Indian journal of veterinary science and animal husbandry - Volumes 15-17, 1948-1951
Year: 1948
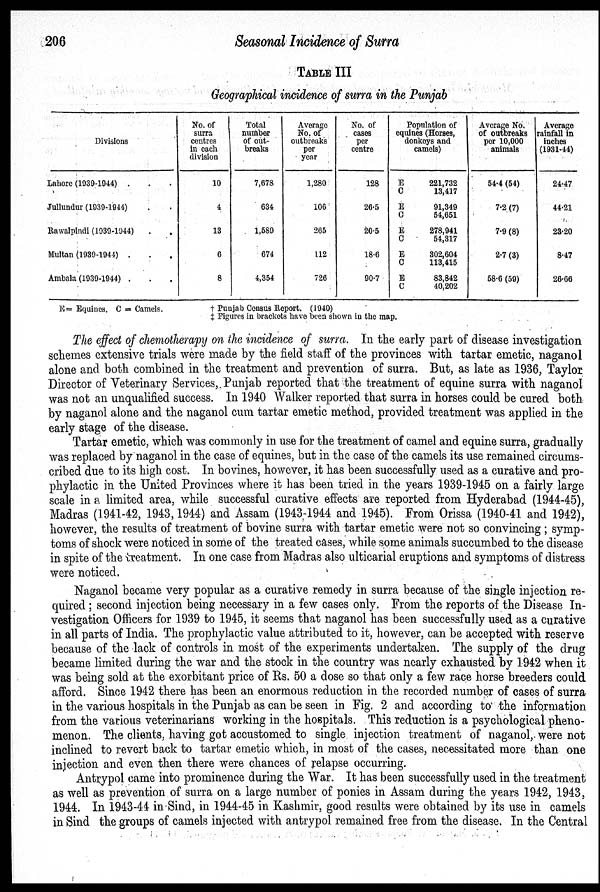
206
Seasonal Incidence of Surra
TABLE III
Geographical incidence of surra in the Punjab
Divisions
Lahore (1939-1944) . . .
Jullundur (1939-1944) . . .
Rawalpindi (1939-1944) . . .
Multan (1939-1944) . . .
Ambala (1939-1944) . . .
No. of
surra
centres
in each
division
10
4
13
6
8
Total
number
of out-
breaks
7,678
634
1,589
674
4,354
Average
No. of
outbreaks
per
year
1,280
106
265
112
726
No. of
cases
per
centre
128
26.5
20.5
18.6
90.7
Population of
equines (Horses,
donkeys and
camels)
E
221,732
C
13,417
E
91,349
C
54,651
E
278,941
C
54,317
E
302,604
C
113,415
E
83,842
C
40,202
Average No.
of outbreaks
per 10,000
animals
54.4 (54)
7.2 (7)
7.9 (8)
2.7 (3)
58.6 (59)
Average
rainfall in
inches
(1931-44)
24.47
44.21
23.20
8.47
26.66
E = Equines. C = Camels.
† Punjab Census Report. (1940)
‡ Figures in brackets have been shown in the map.
The effect of chemotherapy on the incidence of surra. In the early part of disease investigation
schemes extensive trials were made by the field staff of the provinces with tartar emetic, naganol
alone and both combined in the treatment and prevention of surra. But, as late as 1936, Taylor
Director of Veterinary Services, Punjab reported that the treatment of equine surra with naganol
was not an unqualified success. In 1940 Walker reported that surra in horses could be cured both
by naganol alone and the naganol cum tartar emetic method, provided treatment was applied in the
early stage of the disease.
Tartar emetic, which was commonly in use for the treatment of camel and equine surra, gradually
was replaced by naganol in the case of equines, but in the case of the camels its use remained circums-
cribed due to its high cost. In bovines, however, it has been successfully used as a curative and pro-
phylactic in the United Provinces where it has been tried in the years 1939-1945 on a fairly large
scale in a limited area, while successful curative effects are reported from Hyderabad (1944-45),
Madras (1941-42, 1943, 1944) and Assam (1943-1944 and 1945). From Orissa (1940-41 and 1942),
however, the results of treatment of bovine surra with tartar emetic were not so convincing; symp-
toms of shock were noticed in some of the treated cases, while some animals succumbed to the disease
in spite of the treatment. In one case from Madras also ulticarial eruptions and symptoms of distress
were noticed.
Naganol became very popular as a curative remedy in surra because of the single injection re-
quired; second injection being necessary in a few cases only. From the reports of the Disease In-
vestigation Officers for 1939 to 1945, it seems that naganol has been successfully used as a curative
in all parts of India. The prophylactic value attributed to it, however, can be accepted with reserve
because of the lack of controls in most of the experiments undertaken. The supply of the drug
became limited during the war and the stock in the country was nearly exhausted by 1942 when it
was being sold at the exorbitant price of Rs. 50 a dose so that only a few race horse breeders could
afford. Since 1942 there has been an enormous reduction in the recorded number of cases of surra
in the various hospitals in the Punjab as can be seen in Fig. 2 and according to the information
from the various veterinarians working in the hospitals. This reduction is a psychological pheno-
menon. The clients, having got accustomed to single injection treatment of naganol, were not
inclined to revert back to tartar emetic which, in most of the cases, necessitated more than one
injection and even then there were chances of relapse occurring.
Antrypol came into prominence during the War. It has been successfully used in the treatment
as well as prevention of surra on a large number of ponies in Assam during the years 1942, 1943,
1944. In 1943-44 in Sind, in 1944-45 in Kashmir, good results were obtained by its use in camels
in Sind the groups of camels injected with antrypol remained free from the disease. In the Central